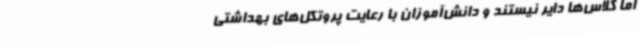
اما کلاس‌ها دایر نیستند و دانش‌آموزان با رعایت پروتکل‌های بهداشتی